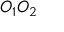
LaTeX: O _ { 1 } O _ { 2 }